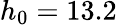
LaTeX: h_{0}=13.2